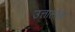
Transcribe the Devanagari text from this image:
उत्तालोक